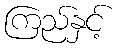
ကြည်နှင့်